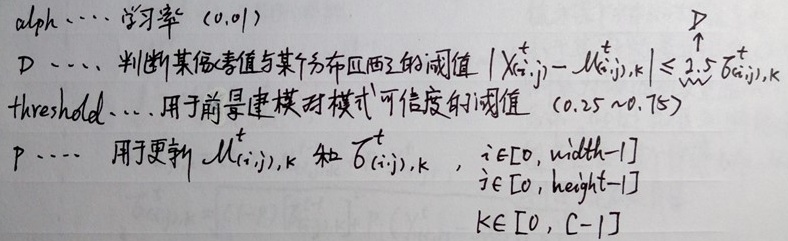
$\alpha$：学习率 $(0, 0.1)$

$D$：判断某像素值与某个分布匹配的阈值 $\left|X_{(i, j)}^{t}-\mu_{(i, j), k}^{t}\right| \leq 2.5 \sigma_{(i, j), k}^{t}$

threshold：用于前景建模时模式可信度的阈值 $(0.25 \sim 0.75)$

$p$：用于更新 $\mu_{(i, j), k}^{t}$ 和 $\sigma_{(i, j), k}^{t}$，其中 $i \in [0, \text{width}-1]$，$j \in [0, \text{height}-1]$，$k \in [0, C - 1]$